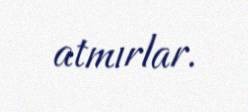
atmırlar.